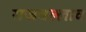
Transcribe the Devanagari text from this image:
राजवल्लाव